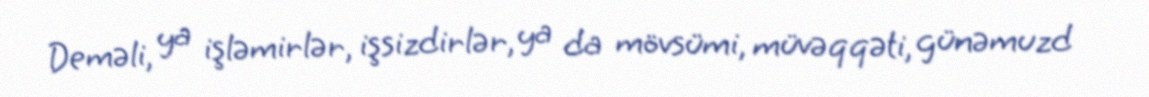
Deməli, ya işləmirlər, işsizdirlər, ya da mövsümi, müvəqqəti, günəmuzd